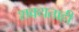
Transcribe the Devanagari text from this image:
शक्‍यताही